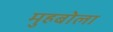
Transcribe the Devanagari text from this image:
मुहबोला